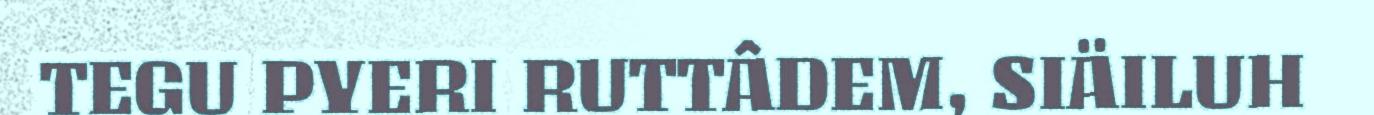
TEGU PYERI RUTTÂDEM, SIÄILUH